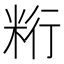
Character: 𰪺